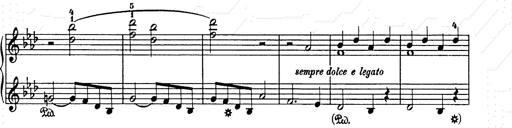
Title: Weihnachtsbaum
Composer: Franz Liszt